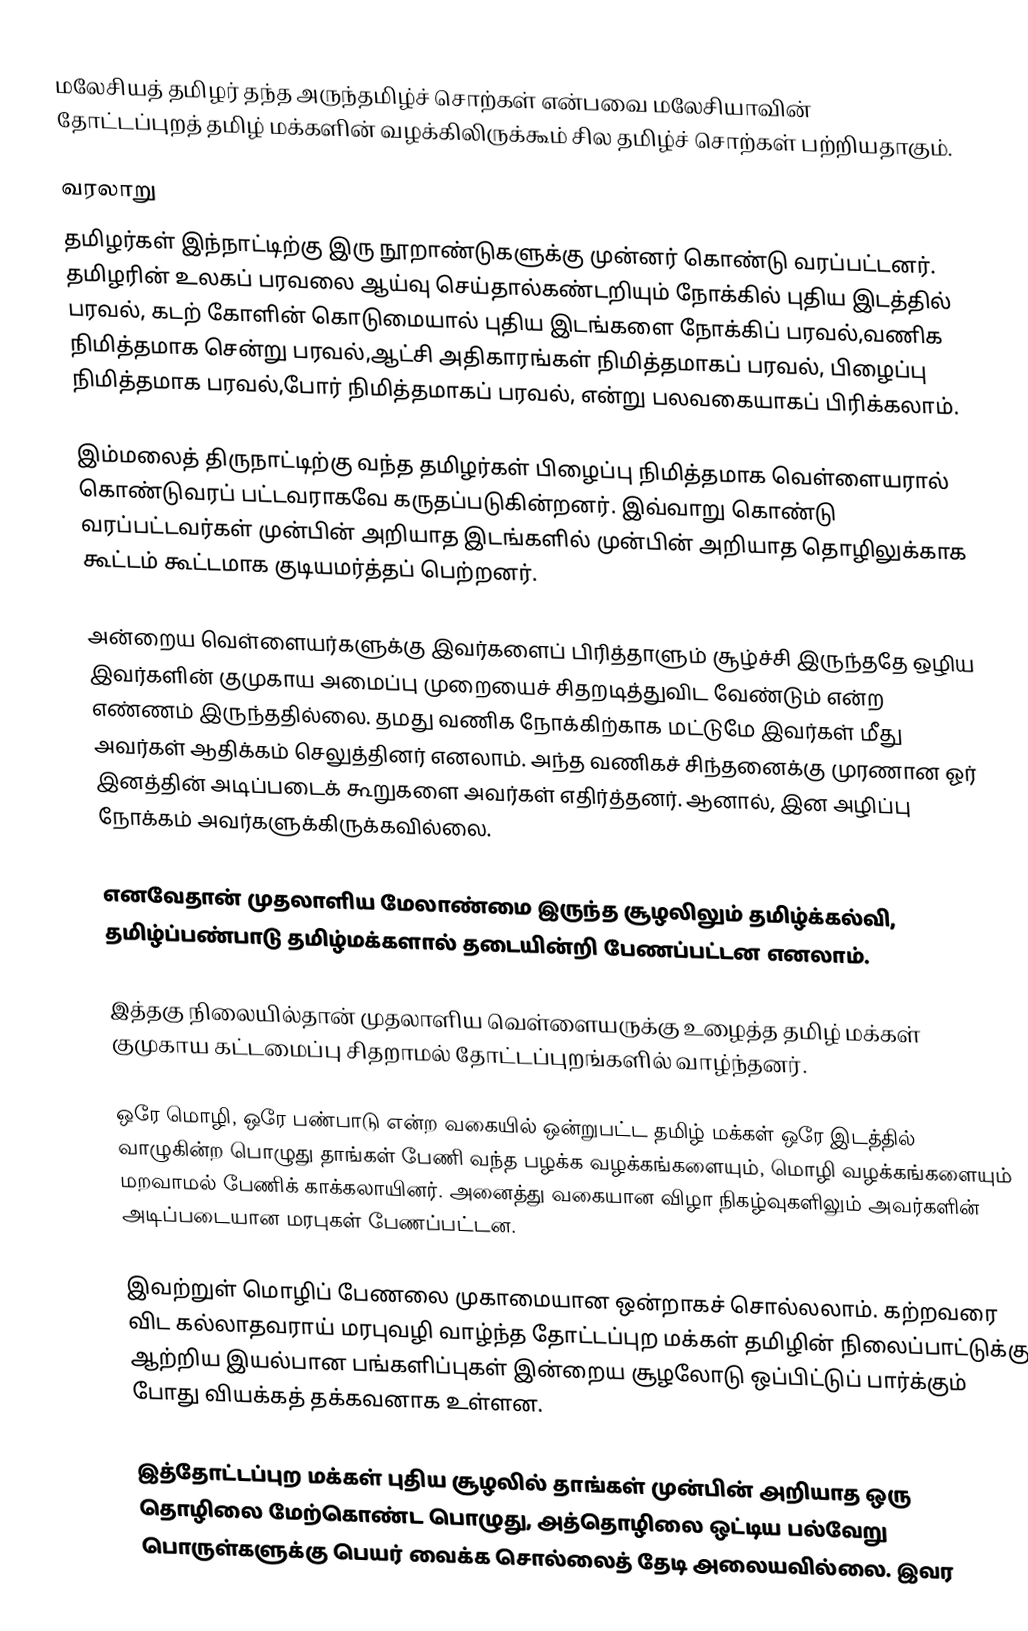
மலேசியத் தமிழர் தந்த அருந்தமிழ்ச் சொற்கள் என்பவை மலேசியாவின் தோட்டப்புறத் தமிழ் மக்களின் வழக்கிலிருக்கூம் சில தமிழ்ச் சொற்கள் பற்றியதாகும்.

வரலாறு
தமிழர்கள் இந்நாட்டிற்கு இரு நூறாண்டுகளுக்கு முன்னர் கொண்டு வரப்பட்டனர். தமிழரின் உலகப் பரவலை ஆய்வு செய்தால்கண்டறியும் நோக்கில் புதிய இடத்தில் பரவல், கடற் கோளின் கொடுமையால் புதிய இடங்களை நோக்கிப் பரவல்,வணிக நிமித்தமாக சென்று பரவல்,ஆட்சி அதிகாரங்கள் நிமித்தமாகப் பரவல், பிழைப்பு நிமித்தமாக பரவல்,போர் நிமித்தமாகப் பரவல், என்று பலவகையாகப் பிரிக்கலாம்.

இம்மலைத் திருநாட்டிற்கு வந்த தமிழர்கள் பிழைப்பு நிமித்தமாக வெள்ளையரால் கொண்டுவரப் பட்டவராகவே கருதப்படுகின்றனர். இவ்வாறு கொண்டு வரப்பட்டவர்கள் முன்பின் அறியாத இடங்களில் முன்பின் அறியாத தொழிலுக்காக கூட்டம் கூட்டமாக குடியமர்த்தப் பெற்றனர்.

அன்றைய வெள்ளையர்களுக்கு இவர்களைப் பிரித்தாளும் சூழ்ச்சி இருந்ததே ஒழிய இவர்களின் குமுகாய அமைப்பு முறையைச் சிதறடித்துவிட வேண்டும் என்ற எண்ணம் இருந்ததில்லை. தமது வணிக நோக்கிற்காக மட்டுமே இவர்கள் மீது அவர்கள் ஆதிக்கம் செலுத்தினர் எனலாம். அந்த வணிகச் சிந்தனைக்கு முரணான ஓர் இனத்தின் அடிப்படைக் கூறுகளை அவர்கள் எதிர்த்தனர். ஆனால், இன அழிப்பு நோக்கம் அவர்களுக்கிருக்கவில்லை.

எனவேதான் முதலாளிய மேலாண்மை இருந்த சூழலிலும் தமிழ்க்கல்வி, தமிழ்ப்பண்பாடு தமிழ்மக்களால் தடையின்றி பேணப்பட்டன எனலாம்.

இத்தகு நிலையில்தான் முதலாளிய வெள்ளையருக்கு உழைத்த தமிழ் மக்கள் குமுகாய கட்டமைப்பு சிதறாமல் தோட்டப்புறங்களில் வாழ்ந்தனர்.

ஒரே மொழி, ஒரே பண்பாடு என்ற வகையில் ஒன்றுபட்ட தமிழ் மக்கள் ஒரே இடத்தில் வாழுகின்ற பொழுது தாங்கள் பேணி வந்த பழக்க வழக்கங்களையும், மொழி வழக்கங்களையும் மறவாமல் பேணிக் காக்கலாயினர். அனைத்து வகையான விழா நிகழ்வுகளிலும் அவர்களின் அடிப்படையான மரபுகள் பேணப்பட்டன.

இவற்றுள் மொழிப் பேணலை முகாமையான ஒன்றாகச் சொல்லலாம். கற்றவரை விட கல்லாதவராய் மரபுவழி வாழ்ந்த தோட்டப்புற மக்கள் தமிழின் நிலைப்பாட்டுக்கு ஆற்றிய இயல்பான பங்களிப்புகள் இன்றைய சூழலோடு ஒப்பிட்டுப் பார்க்கும் போது வியக்கத் தக்கவனாக உள்ளன.

இத்தோட்டப்புற மக்கள் புதிய சூழலில் தாங்கள் முன்பின் அறியாத ஒரு தொழிலை மேற்கொண்ட பொழுது, அத்தொழிலை ஒட்டிய பல்வேறு பொருள்களுக்கு பெயர் வைக்க சொல்லைத் தேடி அலையவில்லை. இவர